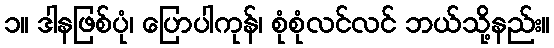
၁။ ဒါနဖြစ်ပုံ၊ ပြောပါကုန်၊ စုံစုံလင်လင် ဘယ်သို့နည်း။